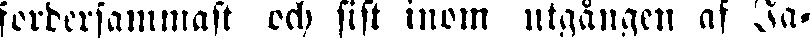
fordersammast och sist inom utgången af Ja-